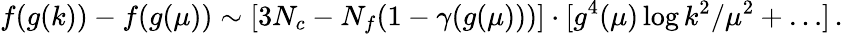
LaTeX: f(g(k))-f(g(\mu))\sim[3N_{c}-N_{f}(1-\gamma(g(\mu)))]\cdot[g^{4}(\mu)\log k^{2}/\mu^{2}+\ldots]\, .